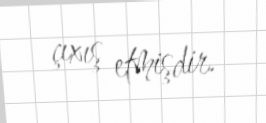
çıxış etmişdir.